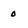
Character: 0